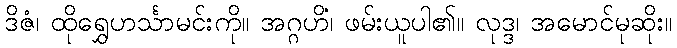
ဒိဇံ၊ ထိုရွှေဟင်္သာမင်းကို။ အဂ္ဂဟိံ၊ ဖမ်းယူပါ၏။ လုဒ္ဒ၊ အမောင်မုဆိုး။